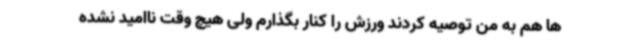
ها هم به من توصیه کردند ورزش را کنار بگذارم ولی هیچ وقت ناامید نشده